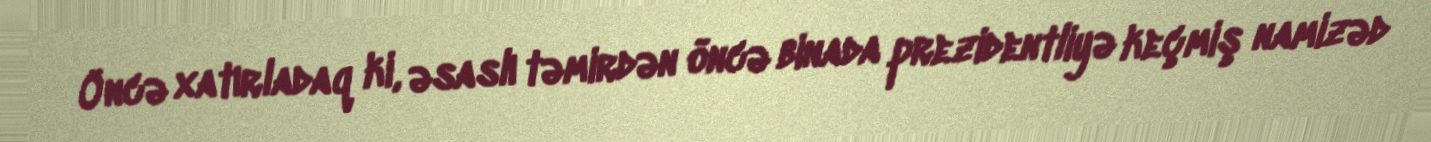
Öncə xatırladaq ki, əsaslı təmirdən öncə binada prezidentliyə keçmiş namizəd